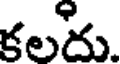
కలదు.